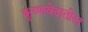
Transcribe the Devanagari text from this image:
कृष्णवेदातील